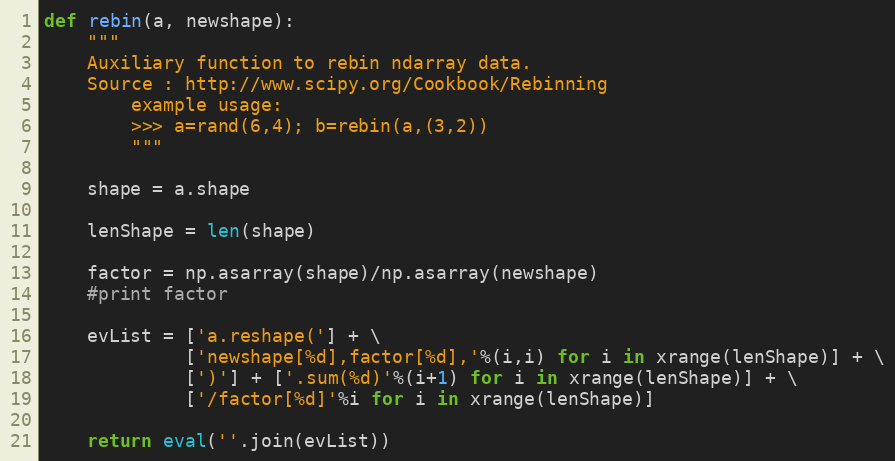
Language: Python
def rebin(a, newshape):
    """
    Auxiliary function to rebin ndarray data.
    Source : http://www.scipy.org/Cookbook/Rebinning
        example usage:
        >>> a=rand(6,4); b=rebin(a,(3,2))
        """

    shape = a.shape

    lenShape = len(shape)

    factor = np.asarray(shape)/np.asarray(newshape)
    #print factor

    evList = ['a.reshape('] + \
             ['newshape[%d],factor[%d],'%(i,i) for i in xrange(lenShape)] + \
             [')'] + ['.sum(%d)'%(i+1) for i in xrange(lenShape)] + \
             ['/factor[%d]'%i for i in xrange(lenShape)]

    return eval(''.join(evList))